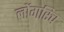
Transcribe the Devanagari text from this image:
लोंगरिच